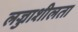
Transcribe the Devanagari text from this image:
लज्जाशीलता